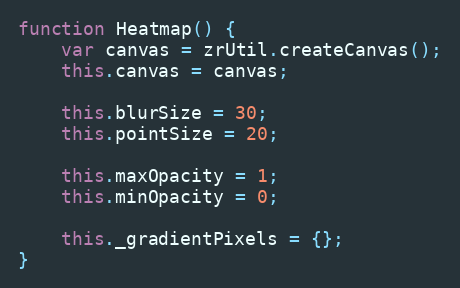
Language: JavaScript
function Heatmap() {
    var canvas = zrUtil.createCanvas();
    this.canvas = canvas;

    this.blurSize = 30;
    this.pointSize = 20;

    this.maxOpacity = 1;
    this.minOpacity = 0;

    this._gradientPixels = {};
}